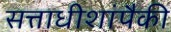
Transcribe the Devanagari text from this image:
सत्ताधीशांपैकी